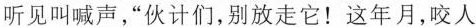
听见叫喊声，”伙计们，别放走它！这年月，咬人